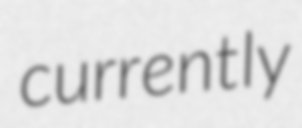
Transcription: currently